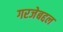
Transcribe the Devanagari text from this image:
गरजेबद्दल